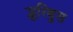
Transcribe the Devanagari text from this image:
प्लुरिबुस